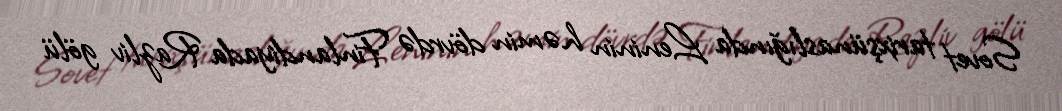
Sovet tarixşünaslığında Leninin həmin dövrdə Finlandiyada Razliv gölü